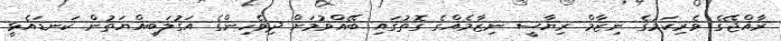
ރާއްޖޭގެ ވެރިކަމުގެ ނިޒާމް ރިޔާސީ ނިޒާމެއްގެ ގޮތުގައި ބޭއްވުމަށް ދިވެހިންގެ އަގުލަބިއްޔަތުން ކަނޑައެޅީ